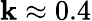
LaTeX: \mathbf{k}\approx0.4